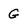
Character: G